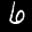
Label: 6